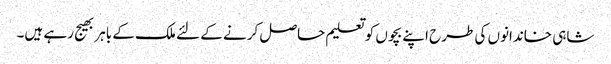
شاہی خاندانوں کی طرح اپنے بچوں کو تعلیم حاصل کرنے کے لئے ملک کے باہر بھیج رہے ہیں۔